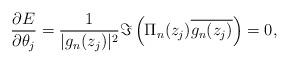
LaTeX: \begin{align*}\displaystyle\frac{\partial E}{\partial\theta_j}=\frac{1}{|g_n(z_j)|^2}\Im\left(\Pi_n(z_j)\overline{g_n(z_j)}\right)=0,\end{align*}